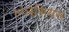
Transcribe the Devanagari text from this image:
ल्ग्लेसियस